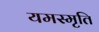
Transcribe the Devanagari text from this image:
यमस्मृति